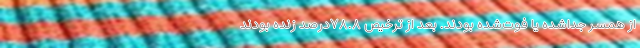
از همسر جداشده یا فوت‌شده بودند. بعد از ترخیص ۷۸.۸درصد زنده بودند